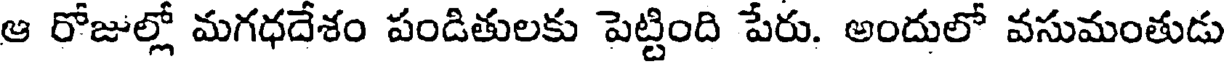
ఆ రోజుల్లో మగధదేశం పండితులకు పెట్టింది పేరు. అందులో వసుమంతుడు